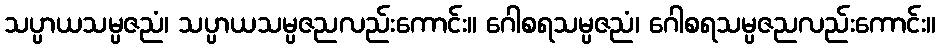
သပ္ပာယသမ္ပဇညံ၊ သပ္ပာယသမ္ပဇညလည်းကောင်း။ ဂေါစရသမ္ပဇညံ၊ ဂေါစရသမ္ပဇညလည်းကောင်း။